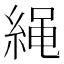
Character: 䋲